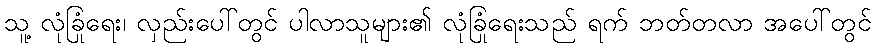
သူ့ လုံခြုံရေး၊ လှည်းပေါ်တွင် ပါလာသူများ၏ လုံခြုံရေးသည် ရက် ဘတ်တလာ အပေါ်တွင်